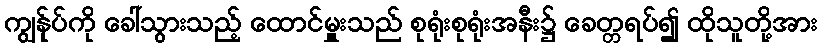
ကျွန်ုပ်ကို ခေါ်သွားသည့် ထောင်မှူးသည် စုရုံးစုရုံးအနီး၌ ခေတ္တရပ်၍ ထိုသူတို့အား